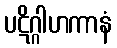
ပဋိဂ္ဂါဟကာနံ